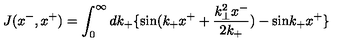
J ( x ^ { - } , x ^ { + } ) = \int _ { 0 } ^ { \infty } d k _ { + } \{ \mathrm { s i n } ( k _ { + } x ^ { + } + \frac { k _ { \bot } ^ { 2 } x ^ { - } } { 2 k _ { + } } ) - \mathrm { s i n } k _ { + } x ^ { + } \}